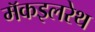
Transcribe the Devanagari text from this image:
मॅकइलरेथ